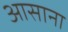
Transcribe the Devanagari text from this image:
आसाना